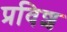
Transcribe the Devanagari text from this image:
प्रविश